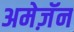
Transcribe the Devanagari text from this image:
अमेज़ॅन